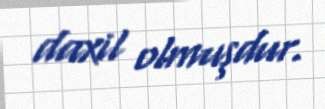
daxil olmuşdur.